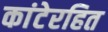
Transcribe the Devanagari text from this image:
कांटेरहित